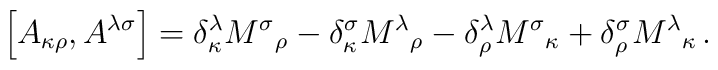
\left[ A_{\kappa\rho} , A^{\lambda\sigma} \right] =     \delta_\kappa^\lambda {M^\sigma}_\rho -     \delta_\kappa^\sigma {M^\lambda}_\rho -     \delta_\rho^\lambda {M^\sigma}_\kappa +    \delta_\rho^\sigma {M^\lambda}_\kappa \,.